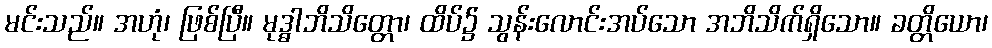
မင်းသည်။ အဟုံ၊ ဖြစ်ပြီ။ မုဒ္ဓါဘိသိတ္တော၊ ထိပ်၌ သွန်းလောင်းအပ်သော အဘိသိက်ရှိသော။ ခတ္တိယော၊